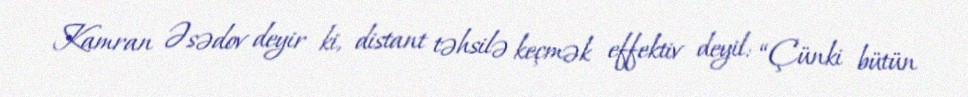
Kamran Əsədov deyir ki, distant təhsilə keçmək effektiv deyil: “Çünki bütün